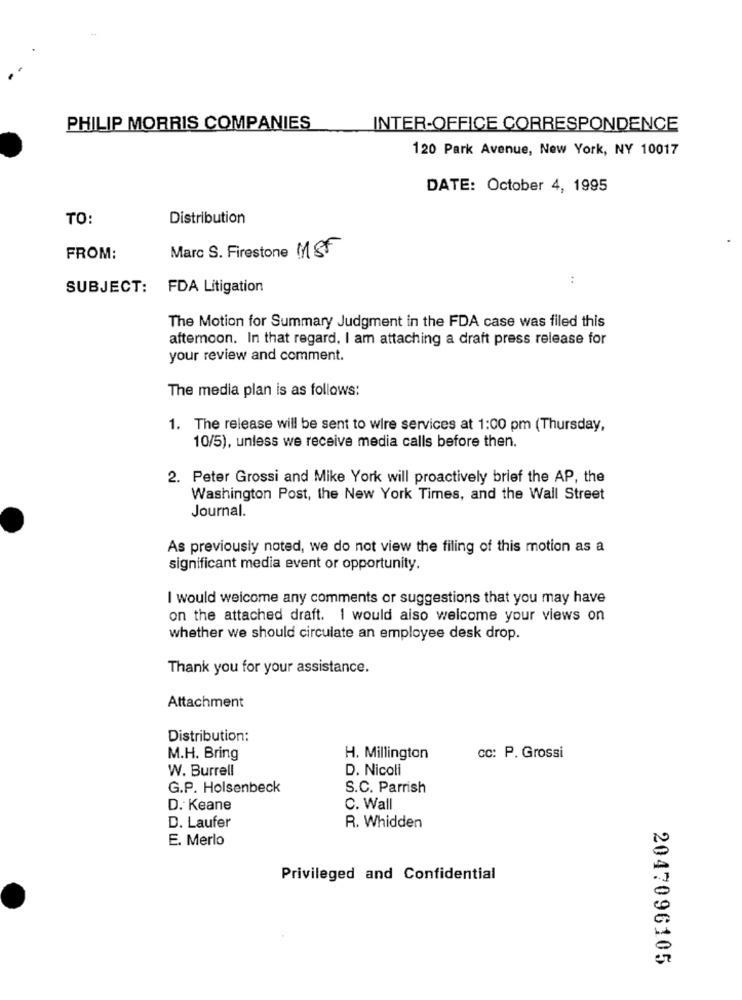
PHILIP MORRIS COMPANIES
INTER-OFFICE CORRESPONDENCE
120 Park Avenue, New York, NY 10017
DATE: October 4, 1995
TO:
Distribution
Marc S. Firestone MSF
FROM:
SUBJECT:
FDA Litigation
The Motion for Summary Judgment in the FDA case was filed this
afternoon. In that regard, I am attaching a draft press release for
your review and comment.
The media plan is as follows:
1. The release will be sent to wire services at 1:00 pm (Thursday,
10/5), unless we receive media calls before then.
2. Peter Grossi and Mike York will proactively brief the AP, the
Washington Post, the New York Times, and the Wall Street
Journal.
As previously noted, we do not view the filing of this motion as a
significant media event or opportunity.
I would welcome any comments or suggestions that you may have
on the attached draft. I would also welcome your views on
whether we should circulate an employee desk drop.
Thank you for your assistance.
Attachment
Distribution:
M.H. Bring
H. Millington
cc: P. Grossi
W. Burrell
D. Nicoli
G.P. Holsenbeck
S.C. Parrish
D. Keane
C. Wall
D. Laufer
R. Whidden
E. Merlo
Privileged and Confidential
2047096105